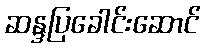
ဆန္ဒပြခေါင်းဆောင်